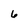
Character: 6